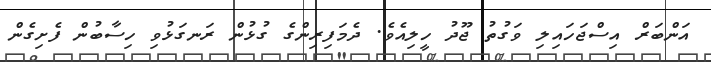
އަންބަރް އިސްޖަހައިލި ވަގުތު ޖޫދު ހީލިއެވެ. ދެމަފިރިންގެ ގުޅުން ރަނގަޅުވި ހިސާބުން ފެށިގެން